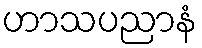
ဟာသပညာနံ